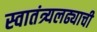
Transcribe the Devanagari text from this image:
स्वातंत्र्यलढ्याची